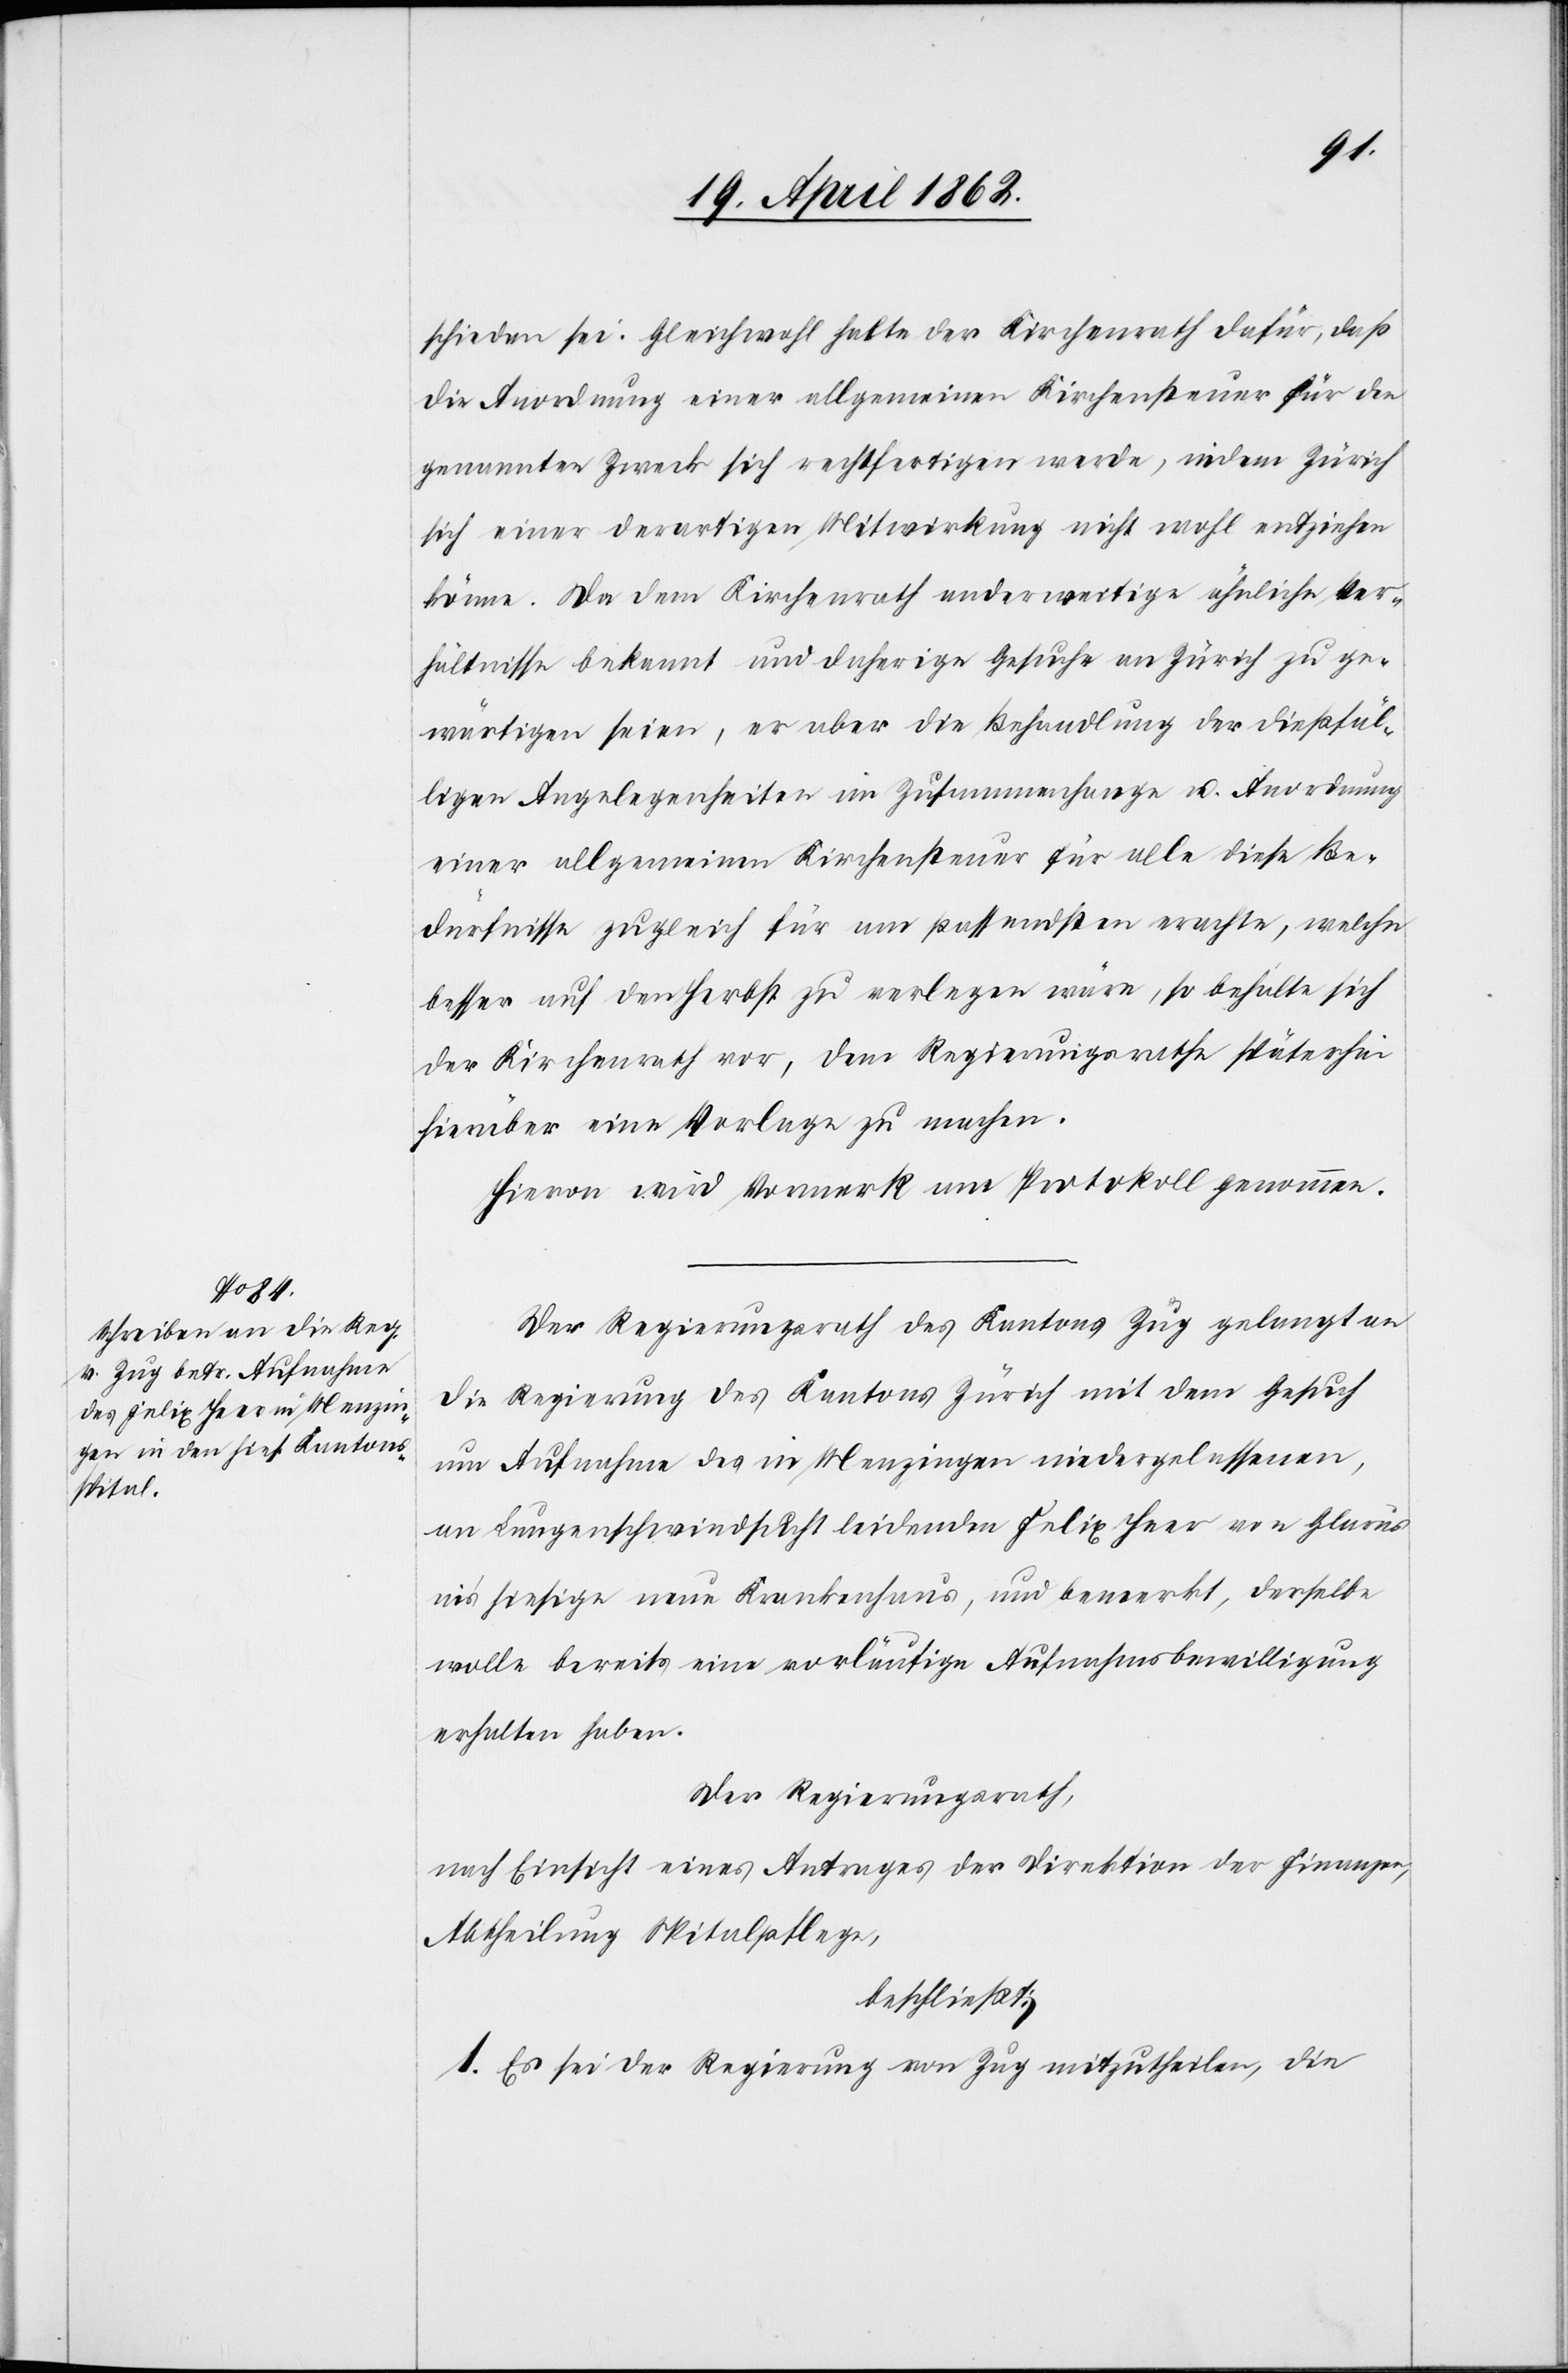
schieden sei. Gleichwohl halte der Kirchenrath dafür, daß
die Anordnung einer allgemeinen Kirchensteuer für den
genannten Zweck sich rechtfertigen werde, indem Zürich
sich einer derartigen Mitwirkung nicht wohl entziehen
könne. Da dem Kirchenrath anderweitige ähnliche Ver¬
hältnisse bekannt und daherige Gesuche an Zürich zu ge¬
wärtigen seien, er aber die Behandlung der dießfäl¬
ligen Angelegenheiten im Zusammenhange u. Anordnung
einer allgemeinen Kirchensteuer für alle diese Be¬
dürfnisse zugleich für am passendsten erachte, welche
besser auf den Herbst zu verlegen wären, so behalte sich
der Kirchenrath vor, dem Regierungsrathe späterhin
hierüber eine Vorlage zu machen.
Hievon wird Vormerk am Protokoll genommen.
Der Regierungsrath des Kantons Zug gelangt an
die Regierung des Kantons Zürich mit dem Gesuch
um Aufnahme des in Menzingen niedergelassenen,
an Lungenschwindsucht leidenden Felix Heer von Glarus
in’s hiesige neue Krankenhaus, und bemerkt, derselbe
wolle bereits eine vorläufige Aufnahmsbewilligung
erhalten haben.
Der Regierungsrath,
nach Einsicht eines Antrages der Direktion der Finanzen,
Abtheilung Spitalpflege,
beschließt:
1. Es sei der Regierung von Zug mitzutheilen, die